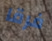
فرقا